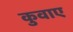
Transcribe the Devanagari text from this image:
कुवाए